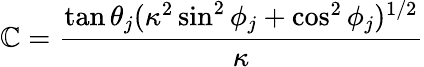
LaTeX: \mathbb{C}=\frac{{\tan\theta_{j}(\kappa^{2}\sin^{2}\phi_{j}+\cos^{2}\phi_{j})^{1/2}}}{{\kappa}}